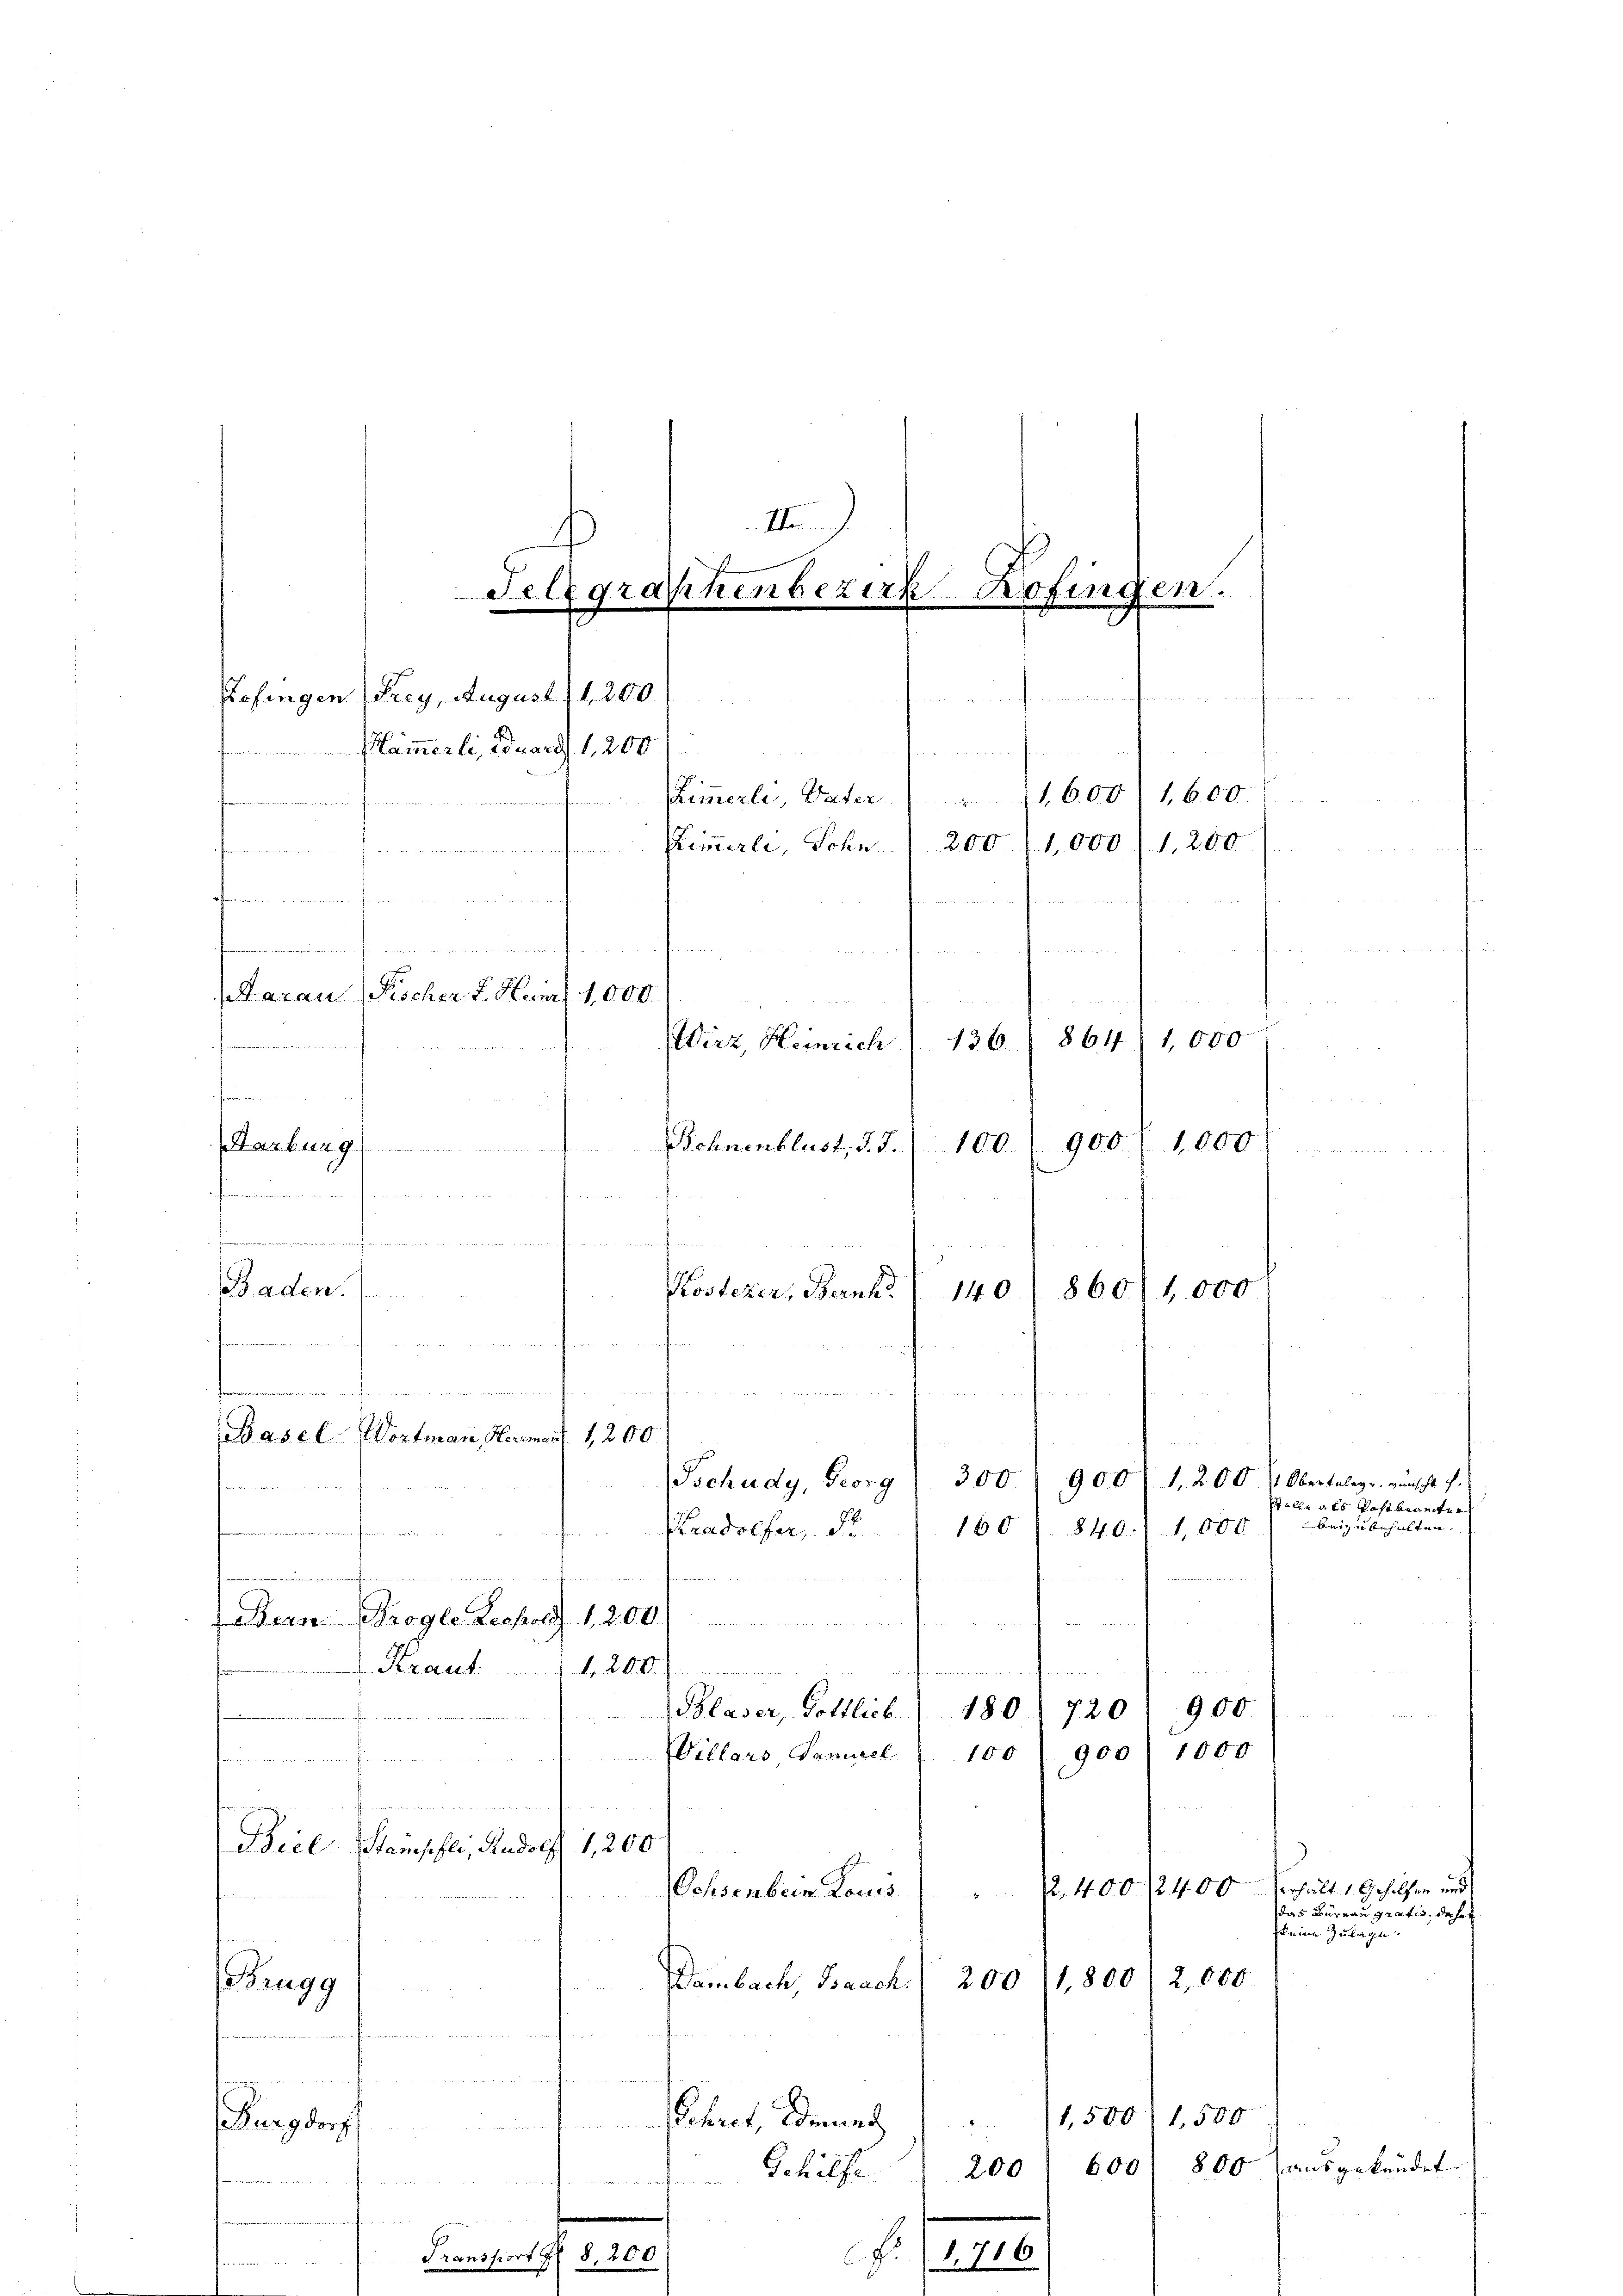
(Aarau Pischer J. Huirt 1,000.
e
8617
1,000
Wirz, Heinrich
136
e

III
.
Telegraphenbezirk Hofingen.
m
d
Kofingen Frey, August 11,200.

Plämmerli, Eduards 1,200/
frommen un
Zimmerli, Vater
1,6001 1,600
Zimmerli, Sohn / 200 (1,000/1,200
t
n
.
d

Gemeinen
e
.

900.
Behnenblust, d. J.
100.
Kosteker, Bernh
860/1,000
140
nunmehren an
a
f
e
Basel Wortmann Hermann 1,200
300.
Tschudy, Georg

Harburg
s

Baden.

1,000
840. 11,000
Kradoefer, d
160
  wen
(Bern Progle Leopold 1200)
n
Kraut
. 26. Seinen
de
Blaser, Gottlieb. 180 720 900
)

Villars Samuel " 100 900 1000
walden
.
Beil. Steinschli, Rudolf 1,200
2 45 x
Ochsenbein Louis
2,400

1,800) 2,000
Brugg
Dambach, Baach 200
1,500/1,500
Schret Grund
sehung der
600
Gehülfe
200
a 2 wir aber nach der 200
e
F. (1,716
Transport H. 8, 200

9001. 200. 1. Obertaleg u. wünscht i
Stelle als Postbeamter
ni zu behalten.

keine Zulage.

Verhält 1. Geholfen und
das Büreau gratis, daher

800 ausgekündet.